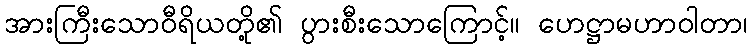
အားကြီးသောဝီရိယတို့၏ ပွားစီးသောကြောင့်။ ဟေဋ္ဌာမဟာဝါတာ၊